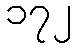
၁၇၂